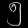
Digit: ၅